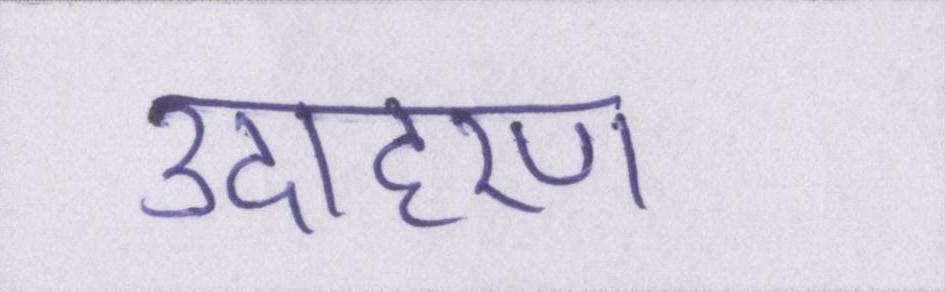
उदाहरण